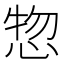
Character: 惣